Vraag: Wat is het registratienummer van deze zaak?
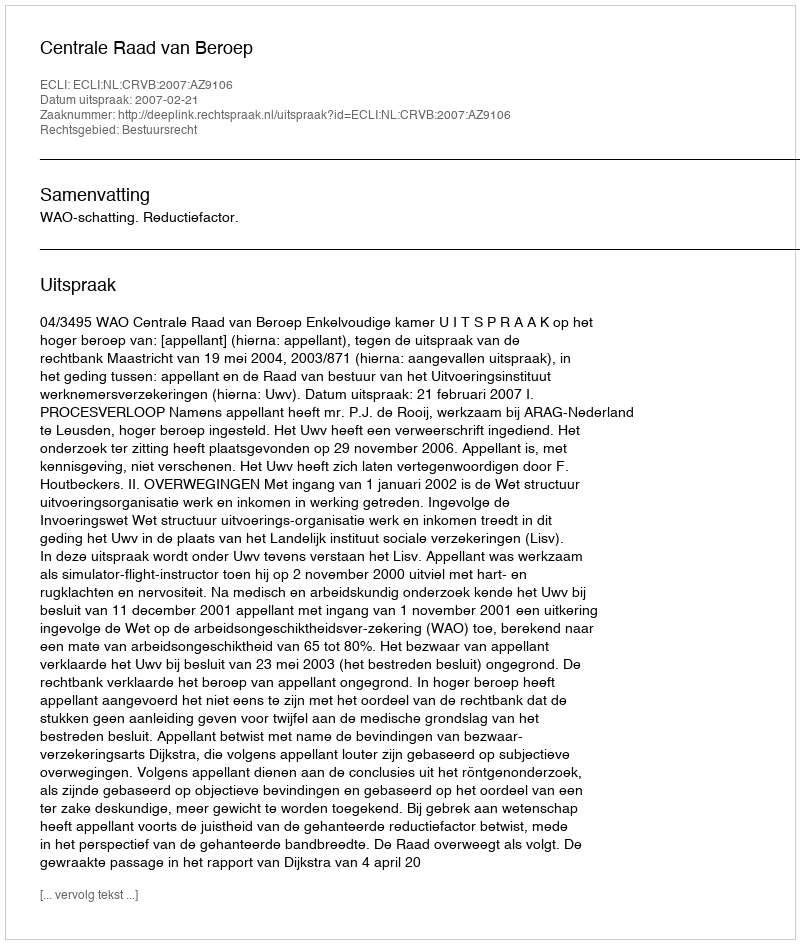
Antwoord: http://deeplink.rechtspraak.nl/uitspraak?id=ECLI:NL:CRVB:2007:AZ9106